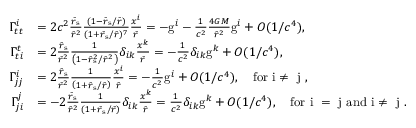
\begin{array} { r l } { \Gamma _ { t t } ^ { i } } & { = 2 c ^ { 2 } \frac { \bar { r } _ { \mathrm { s } } } { \bar { r } ^ { 2 } } \frac { ( 1 - \bar { r } _ { \mathrm { s } } / \bar { r } ) } { ( 1 + \bar { r } _ { \mathrm { s } } / \bar { r } ) ^ { 7 } } \frac { x ^ { i } } { \bar { r } } = - \mathrm { g } ^ { i } - \frac { 1 } { c ^ { 2 } } \frac { 4 G M } { \bar { r } ^ { 2 } } \mathrm { g } ^ { i } + O ( 1 / c ^ { 4 } ) , } \\ { \Gamma _ { t i } ^ { t } } & { = 2 \frac { \bar { r } _ { \mathrm { s } } } { \bar { r } ^ { 2 } } \frac { 1 } { \left( 1 - \bar { r } _ { \mathrm { s } } ^ { 2 } / \bar { r } ^ { 2 } \right) } \delta _ { i k } \frac { x ^ { k } } { \bar { r } } = - \frac { 1 } { c ^ { 2 } } \delta _ { i k } \mathrm { g } ^ { k } + O ( 1 / c ^ { 4 } ) , } \\ { \Gamma _ { j j } ^ { i } } & { = 2 \frac { \bar { r } _ { \mathrm { s } } } { \bar { r } ^ { 2 } } \frac { 1 } { \left( 1 + \bar { r } _ { \mathrm { s } } / \bar { r } \right) } \frac { x ^ { i } } { \bar { r } } = - \frac { 1 } { c ^ { 2 } } \mathrm { g } ^ { i } + O ( 1 / c ^ { 4 } ) , \quad \mathrm { f o r ~ i \neq ~ j ~ } , } \\ { \Gamma _ { j i } ^ { j } } & { = - 2 \frac { \bar { r } _ { \mathrm { s } } } { \bar { r } ^ { 2 } } \frac { 1 } { \left( 1 + \bar { r } _ { \mathrm { s } } / \bar { r } \right) } \delta _ { i k } \frac { x ^ { k } } { \bar { r } } = \frac { 1 } { c ^ { 2 } } \delta _ { i k } \mathrm { g } ^ { k } + O ( 1 / c ^ { 4 } ) , \quad \mathrm { f o r ~ i ~ = ~ j ~ a n d ~ i \ne ~ j ~ } . } \end{array}